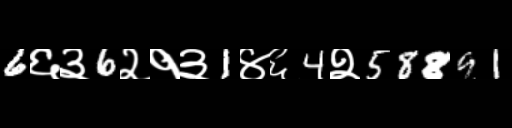
Text: 6६३6२१३1४६4२58891